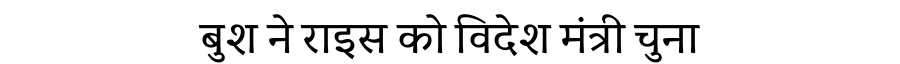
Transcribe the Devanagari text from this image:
बुश ने राइस को विदेश मंत्री चुना